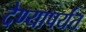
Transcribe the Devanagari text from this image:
देण्यापर्यंत